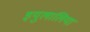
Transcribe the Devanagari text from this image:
इयुलालिया